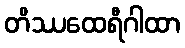
တိဿထေရီဂါထာ